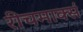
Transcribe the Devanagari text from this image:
रीचमार्क्स